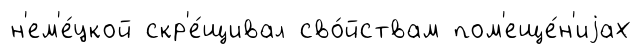
н'ем'е́цкой скр'е́щивал сво́йствам пом'еще́н'иjах